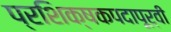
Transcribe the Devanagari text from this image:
प्रशिक्षकपदापूर्वी